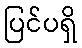
ပြင်ပရှိ